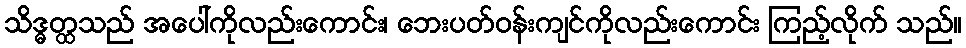
သိဒ္ဓတ္ထသည် အပေါ်ကိုလည်းကောင်း၊ ဘေးပတ်ဝန်းကျင်ကိုလည်းကောင်း ကြည့်လိုက် သည်။